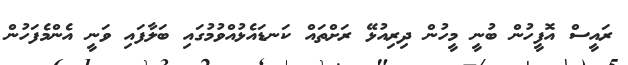
ރައީސް އޮފީހުން ބުނީ މީހުން ދިރިއުޅޭ ރަށްތައް ކަނޑައެޅުއްވުމުގައި ބަލާފައި ވަނީ އެންމެފަހުން